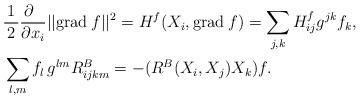
LaTeX: \begin{align*}& \frac{1}{\,2\,} \frac{\partial \;\;}{\partial x_i} || {\rm grad}\: f ||^2 = H^f(X_i,{\rm grad}\: f) = \sum_{j,k} H^f_{ij} g^{jk}f_k, \\& \sum_{l,m} f_l\,g^{lm}R^B_{ijkm} = -(R^B(X_i,X_j)X_k)f.\end{align*}